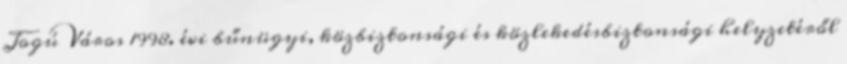
Jogú Város 1998. évi bűnügyi, közbiztonsági és közlekedésbiztonsági helyzetéről